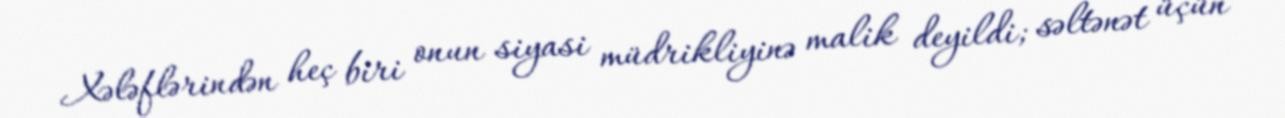
Xələflərindən heç biri onun siyasi müdrikliyinə malik deyildi; səltənət üçün